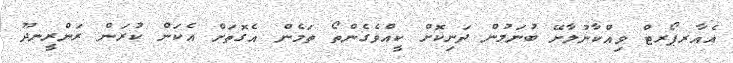
އެއާރޕޯރޓް ވިއްކާނުލާށޭ ބުނަމުން ދަނިކޮށް ކީއްވެގެންތޯ ތަމެން އެގޮތަށް އެކަން ކުރަން ރަންރީނދޫ